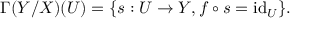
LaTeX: \Gamma ( Y / X ) ( U ) = \{ s : U \to Y , f \circ s = \operatorname { i d } _ { U } \} .